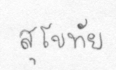
สุโขทัย